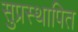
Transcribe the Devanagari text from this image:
सुप्रस्थापित